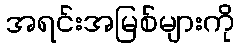
အရင်းအမြစ်များကို